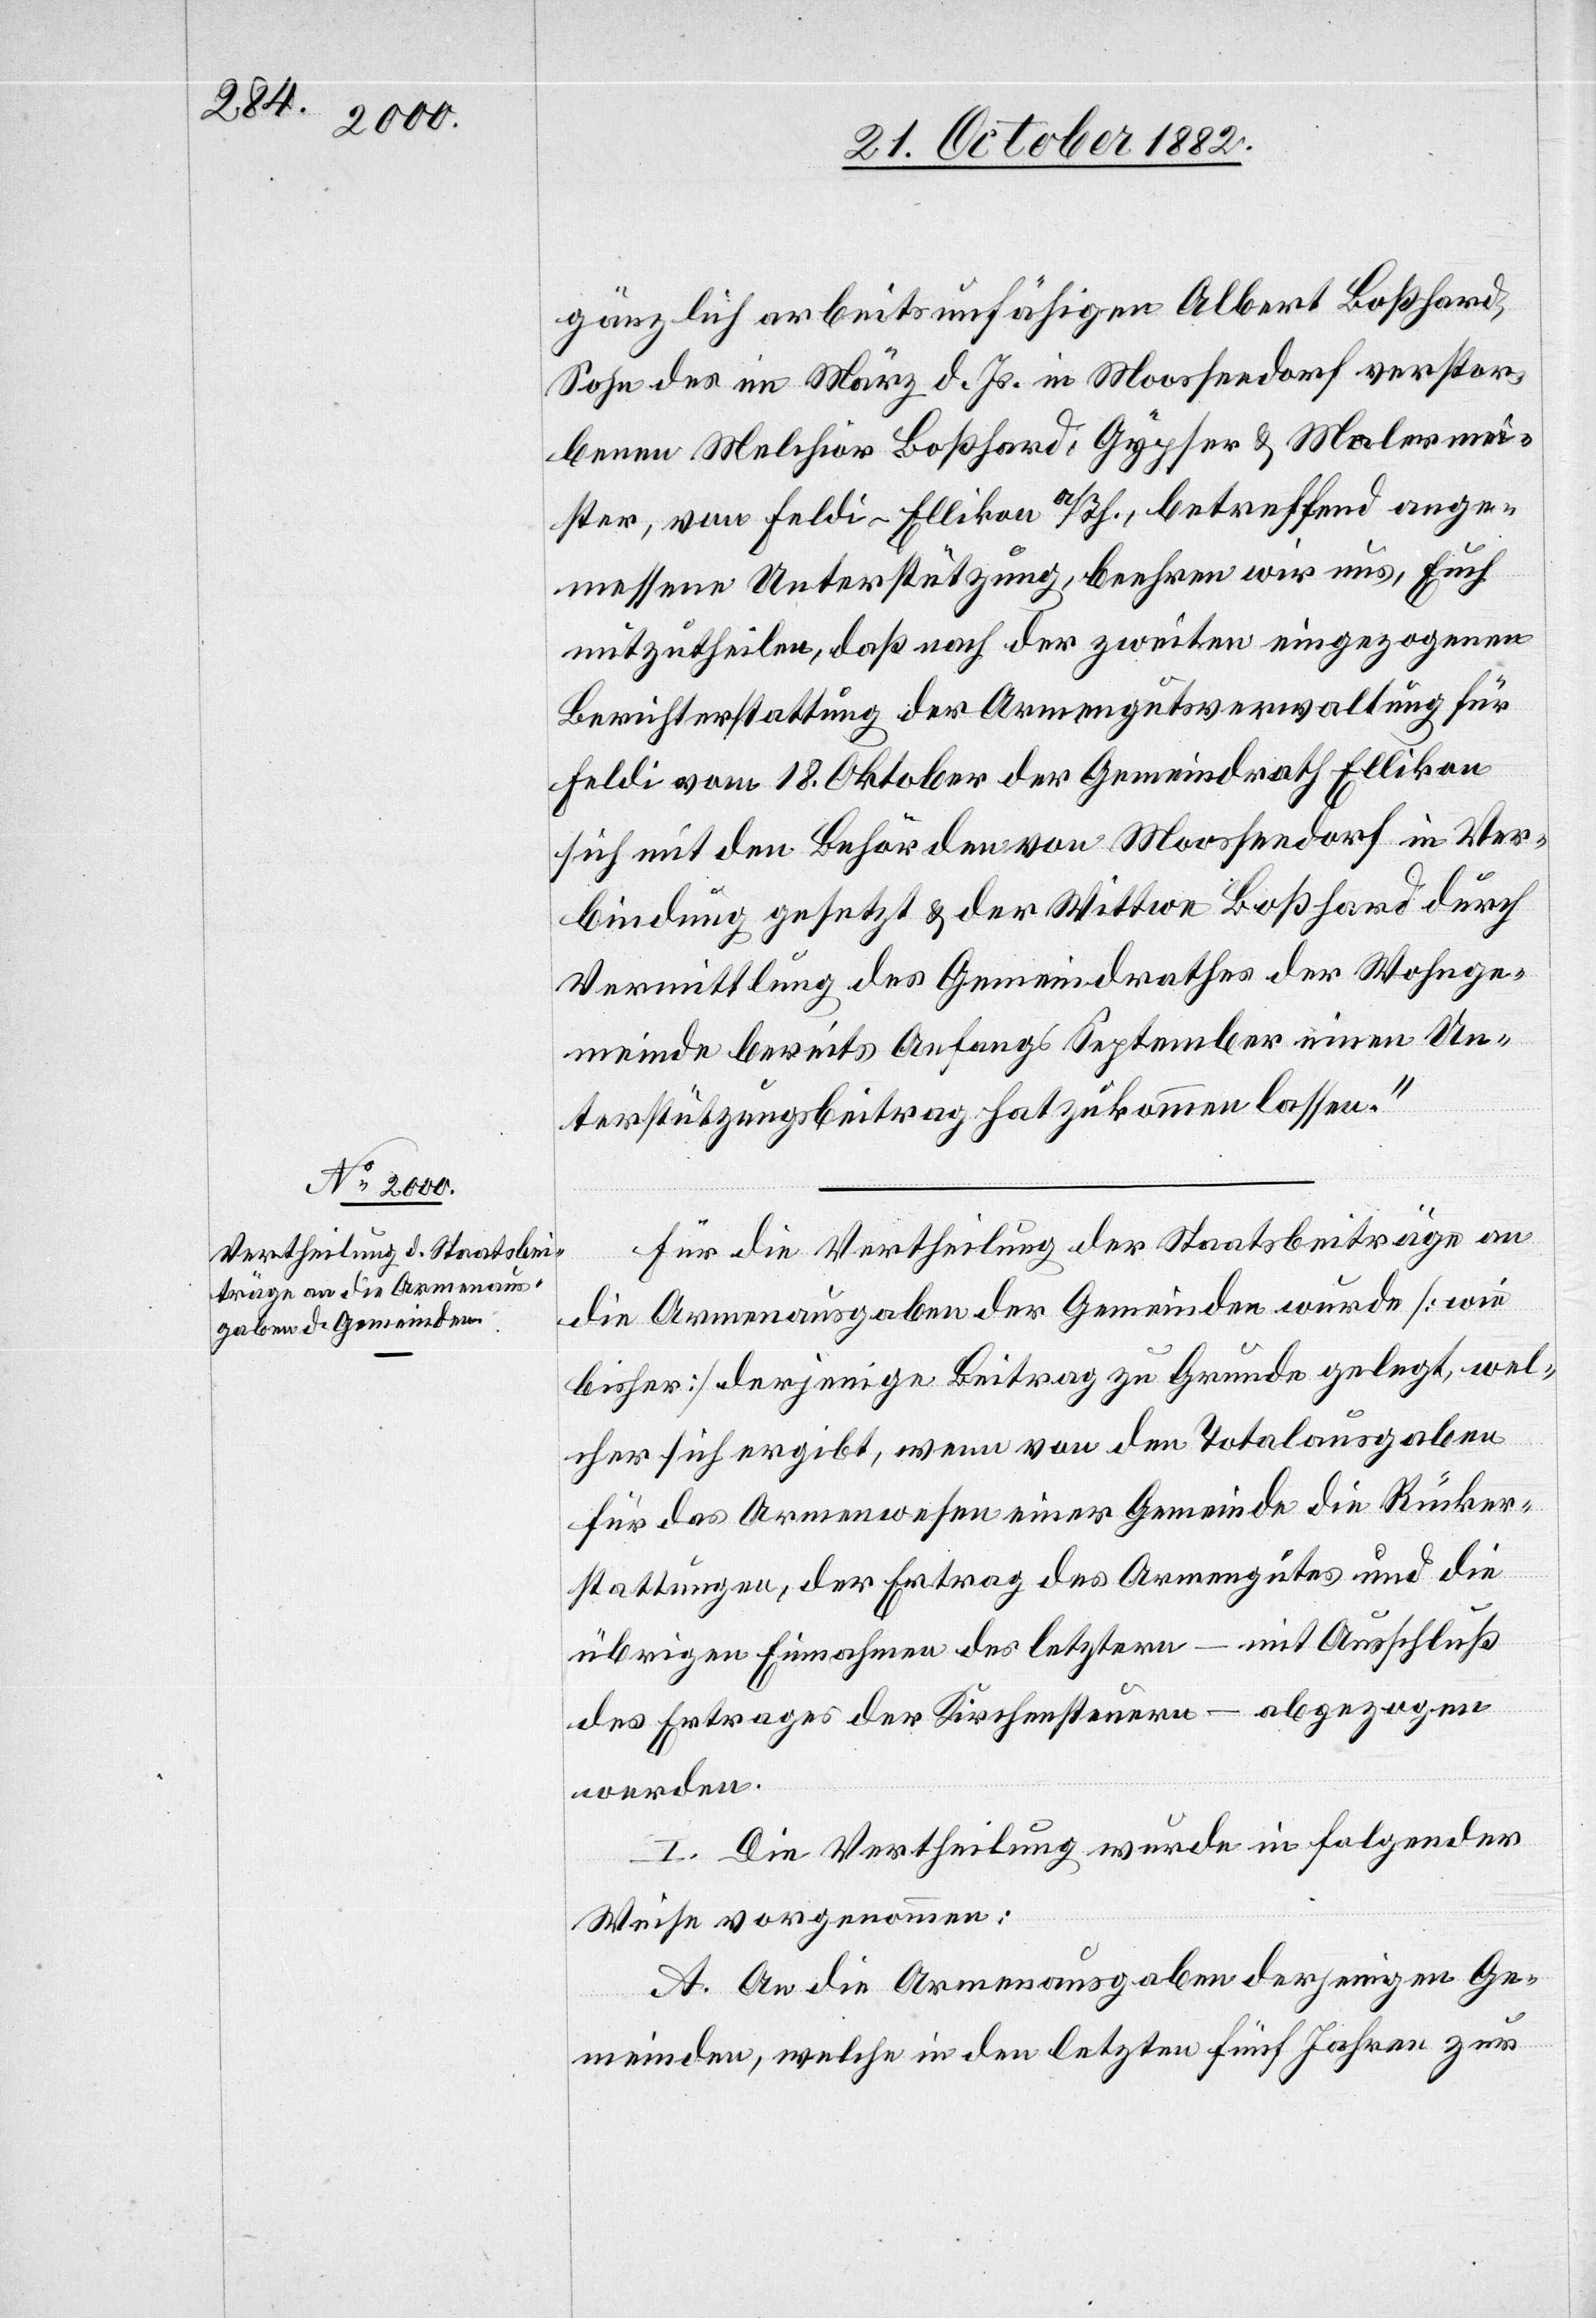
gänzlich arbeitsunfähigen Albert Boßhard,
Sohn des im März d. Js. in Moosseedorf verstor¬
benen Melchior Boßhard, Gypser & Malermei¬
ster, von Feldi - Ellikon a/Rh., betreffend ange¬
messene Unterstützung, beehren wir uns, Euch
mitzutheilen, daß nach der zweiten eingezogenen
Berichterstattung der Armengutsverwaltung für
Feldi vom 18. Oktober der Gemeindrath Ellikon
sich mit den Behörden von Moosseedorf in Ver¬
bindung gesetzt & der Wittwe Boßhard durch
Vermittlung des Gemeindrathes der Wohnge¬
meinde bereits Anfangs September einen Un¬
terstützungsbeitrag hat zukommen lassen.“
Für die Vertheilung der Staatsbeiträge an
die Armenausgaben der Gemeinden wurde [wie
bisher] derjenige Beitrag zu Grunde gelegt, wel¬
cher sich ergibt, wenn von den Totalausgaben
für das Armenwesen einer Gemeinde die Rücker¬
stattungen, der Ertrag des Armengutes und die
übrigen Einnahmen des letztern – mit Ausschluß
des Ertrages der Kirchensteuern – abgezogen
werden.
I. Die Vertheilung wurde in folgender
Weise vorgenommen:
A. An die Armenausgaben derjenigen Ge¬
meinden, welche in den letzten fünf Jahren zur